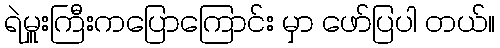
ရဲမှူးကြီးကပြောကြောင်း မှာ ဖော်ပြပါ တယ်။